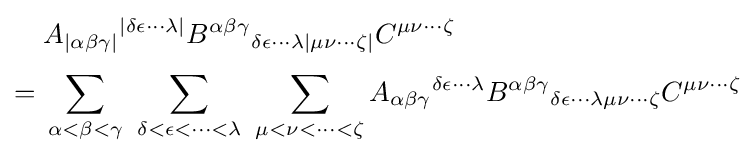
{\begin{aligned}&A_{|\alpha \beta \gamma |}{}^{|\delta \epsilon \cdots \lambda |}B^{\alpha \beta \gamma }{}_{\delta \epsilon \cdots \lambda |\mu \nu \cdots \zeta |}C^{\mu \nu \cdots \zeta }\\[3pt]={}&\sum _{\alpha <\beta <\gamma }~\sum _{\delta <\epsilon <\cdots <\lambda }~\sum _{\mu <\nu <\cdots <\zeta }A_{\alpha \beta \gamma }{}^{\delta \epsilon \cdots \lambda }B^{\alpha \beta \gamma }{}_{\delta \epsilon \cdots \lambda \mu \nu \cdots \zeta }C^{\mu \nu \cdots \zeta }\end{aligned}}